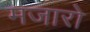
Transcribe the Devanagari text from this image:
मजारो